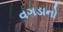
વગડાનો